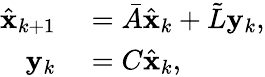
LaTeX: \begin{array}{rl}{\hat{\mathbf{x}}_{k+1}}&{{}=\bar{A}\hat{\mathbf{x}}_{k}+\tilde{L}\mathbf{y}_{k},}\\ {\mathbf{y}_{k}}&{{}=C\hat{\mathbf{x}}_{k},}\end{array}